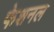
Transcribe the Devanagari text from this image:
फेशनल